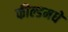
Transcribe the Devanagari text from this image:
फील्डमधे